Calcutta medical institutions reports 1892-1900
Year: 1892
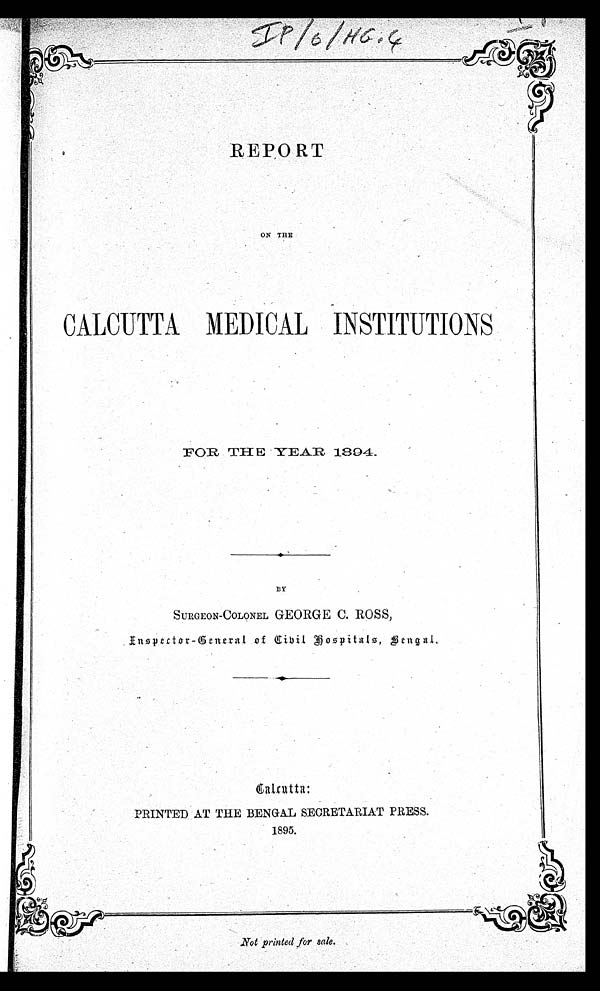
REPORT
ON THE
CALCUTTA MEDICAL INSTITUTIONS
FOR THE YEAR 1894.
BY
SURGEON-COLONEL GEORGE C. ROSS,
Inspector-General of Civil Hospitals, Bengal.
Calcutta:
PRINTED AT THE BENGAL SECRETARIAT PRESS.
1895.
Not printed for sale.